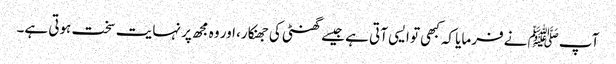
آپﷺ نے فرمایا کہ کبھی تو ایسی آتی ہے جیسے گھنٹی کی جھنکار، اور وہ مجھ پر نہایت سخت ہوتی ہے۔